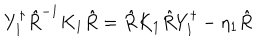
Y _ { 1 } ^ { \dagger } \hat { R } ^ { - 1 } K _ { 1 } \hat { R } = \hat { R } K _ { 1 } \hat { R } Y _ { 1 } ^ { \dagger } - \eta _ { 1 } \hat { R }